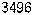
3496